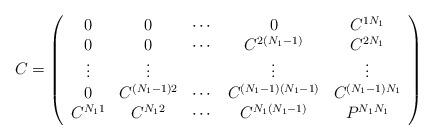
LaTeX: \begin{align*}C = \left( \begin{array}{ccccc} 0 & 0 & \cdots & 0 & C^{1N_1}\\ 0 & 0 & \cdots & C^{2 (N_1-1)}&C^{2N_1} \\ \vdots & \vdots & { } & \vdots &\vdots \\0 & C^{(N_1-1) 2} & \cdots & C^{(N_1-1) (N_1-1)} & C^{(N_1-1) N_1} \\C^{N_11} & C^{N_12} & \cdots & C^{N_1 (N_1-1)} &P^{N_1N_1}\end{array} \right) \end{align*}